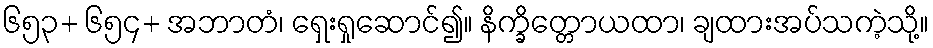
၆၅၃+ ၆၅၄+ အဘာတံ၊ ရှေးရှုဆောင်၍။ နိက္ခိတ္တောယထာ၊ ချထားအပ်သကဲ့သို့။